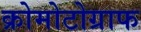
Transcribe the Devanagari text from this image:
क्रोमोटोग्राफ